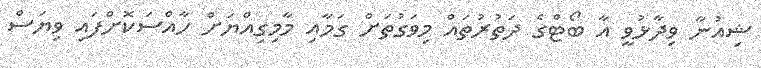
ޝިއުނާ ވިދާޅުވީ އާ ބޯޓްގެ ދަތުރުތައް މިވަގުތަށް ގަމާއި މާމިގިއްޔަށް ހާއްސަކޮށްފައި ވިޔަސް